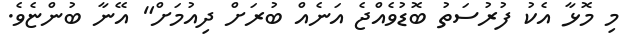
މި މޮޅާ އެކު ފުރުސަތު ބޮޑުވެއްޖެ އަނެއް ބުރަށް ދިއުމަށް" އޭނާ ބުންޏެވެ.